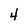
Character: 4